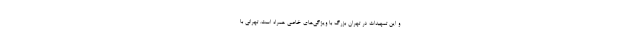
و این تمهیدات در تهران بزرگ با ویژگی‌های خاصی همراه است. تهرانی با